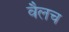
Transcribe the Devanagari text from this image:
वैलच